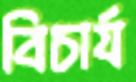
বিচার্য